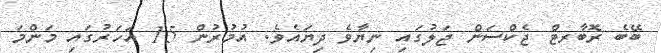
ބޭބެ ރޮބާރޓް ޖެކްސަން ޖަލުގައި ނިޔާވެ ދިޔައެވެ. އުމުރުން 15 އަހަރުގައި މަންމަ